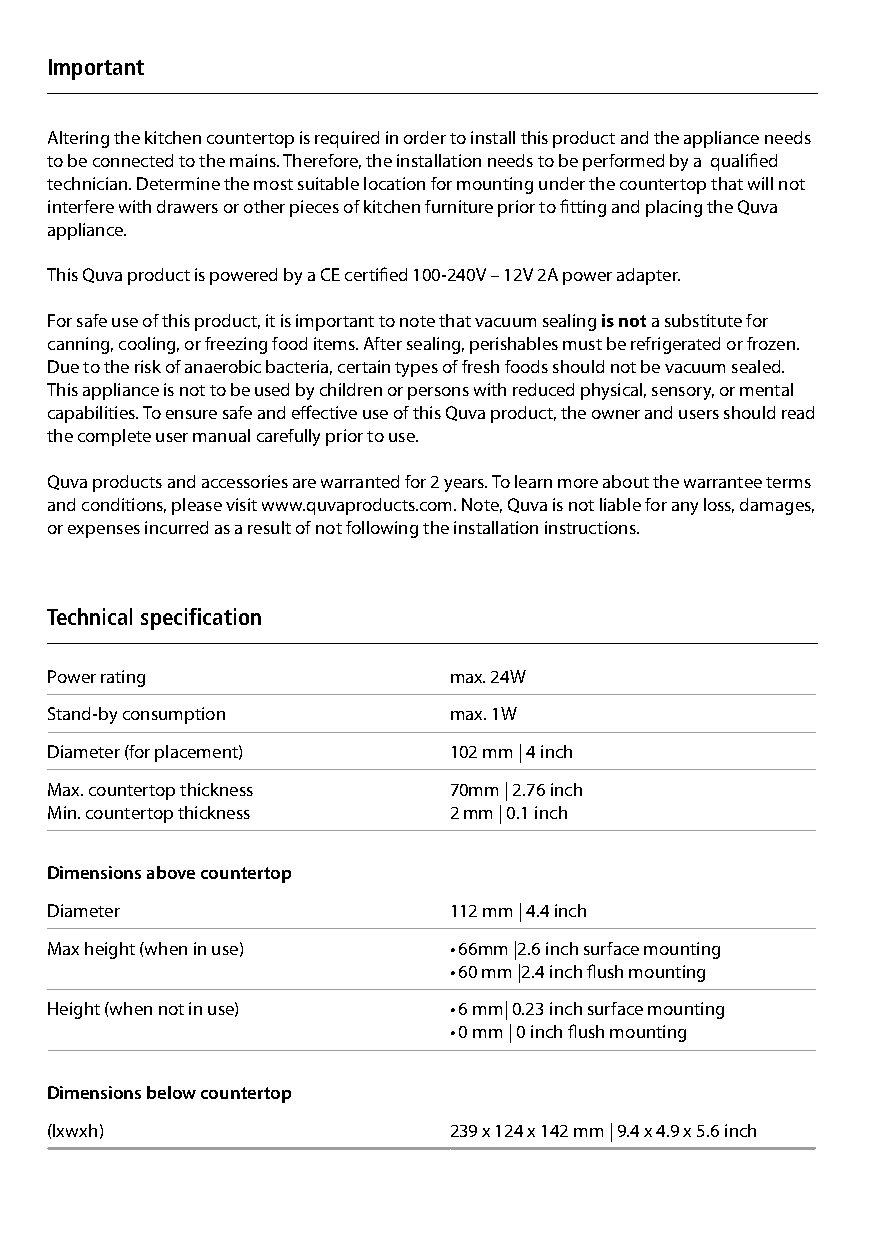
Important
 Altering the kitchen countertop is required in order to install this product and the appliance needs
 to be connected to the mains. Therefore, the installation needs to be performed by a qualified
 technician. Determine the most suitable location for mounting under the countertop that will not
 interfere with drawers or other pieces of kitchen furniture prior to fitting and placing the Quva
 appliance.
 This Quva product is powered by a CE certified 100-240V – 12V 2A power adapter.
 For safe use of this product, it is important to note that vacuum sealing is not a substitute for
 canning, cooling, or freezing food items. After sealing, perishables must be refrigerated or frozen.
 Due to the risk of anaerobic bacteria, certain types of fresh foods should not be vacuum sealed.
 This appliance is not to be used by children or persons with reduced physical, sensory, or mental
 capabilities. To ensure safe and effective use of this Quva product, the owner and users should read
 the complete user manual carefully prior to use.
 Quva products and accessories are warranted for 2 years. To learn more about the warrantee terms
 and conditions, please visit www.quvaproducts.com. Note, Quva is not liable for any loss, damages,
 or expenses incurred as a result of not following the installation instructions.
 Technical specification
 Power rating               max. 24W
 Stand-by consumption       max. 1W
 Diameter (for placement)   102 mm | 4 inch
 Max. countertop thickness  70mm | 2.76 inch
 Min. countertop thickness  2 mm | 0.1 inch
 Dimensions above countertop
 Diameter                   112 mm | 4.4 inch
 Max height (when in use)   • 66mm |2.6 inch surface mounting
 • 60 mm |2.4 inch flush mounting
 Height (when not in use)   • 6 mm| 0.23 inch surface mounting
 • 0 mm | 0 inch flush mounting
 Dimensions below countertop
 (lxwxh)                    239 x 124 x 142 mm | 9.4 x 4.9 x 5.6 inch